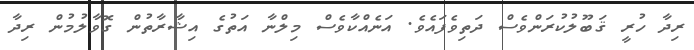
ރިދާ ހުރީ ޤަބޫލުކުރަންވެސް ދަތިވެފައެވެ. އަނެއްކާވެސް މިލްނާ އަތުގެ އިޝާރާތުން ގޮވާލުމުން ރިދާ